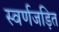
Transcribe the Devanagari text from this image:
स्‍वर्णजड़ित